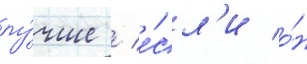
лу́чше / е́сл'и о́н